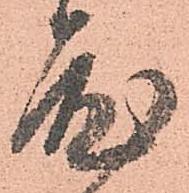
度